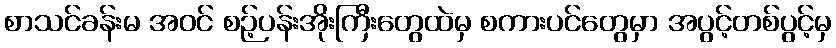
စာသင်ခန်းမ အဝင် စဉ့်ပန်းအိုးကြီးတွေထဲမှ စကားပင်တွေမှာ အပွင့်တစ်ပွင့်မှ